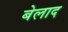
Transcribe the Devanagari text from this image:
बेलाद